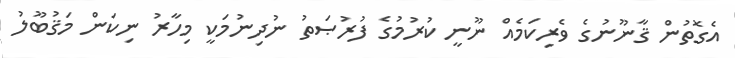
އެގޮތުން ޤާނޫނުގެ ވެރިކަމެއް ނޫނީ ކުރުމުގެ ފުރުޞަތު ނުދިނުމަކީ މިހާރު ނިކަން މަޤުބޫލު